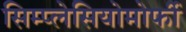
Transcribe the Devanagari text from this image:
सिम्प्लेसियोमोर्फी